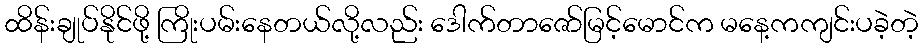
ထိန်းချုပ်နိုင်ဖို့ ကြိုးပမ်းနေတယ်လို့လည်း ဒေါက်တာဇော်မြင့်မောင်က မနေ့ကကျင်းပခဲ့တဲ့